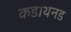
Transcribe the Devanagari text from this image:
कडाथनड